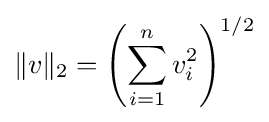
\|v\|_{2}=\left(\sum _{i=1}^{n}v_{i}^{2}\right)^{1/2}